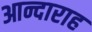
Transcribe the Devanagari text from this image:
आन्दाराह